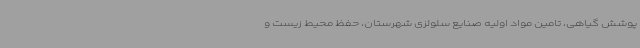
پوشش گیاهی، تامین مواد اولیه صنایع سلولزی شهرستان، حفظ محیط زیست و